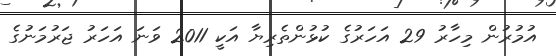
އުމުރުން މިހާރު 29 އަހަރުގެ ކުޅުންތެރިޔާ އަކީ 2011 ވަނަ އަހަރު ޖަރުމަނުގެ